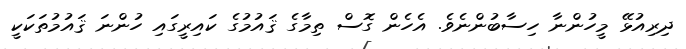
ދިރިއުޅޭ މީހުންނާ ހިސާބުންނެވެ. އެހެން ގޮސް ތިމާގެ ޤައުމުގެ ކައިރީގައި ހުންނަ ޤައުމުތަކަކީ